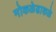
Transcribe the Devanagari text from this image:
मोकळेढाकळे